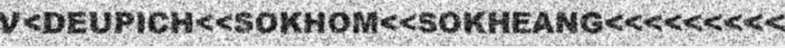
V<DEUPICH<<SOKHOM<<SOKHEANG<<<<<<<<<